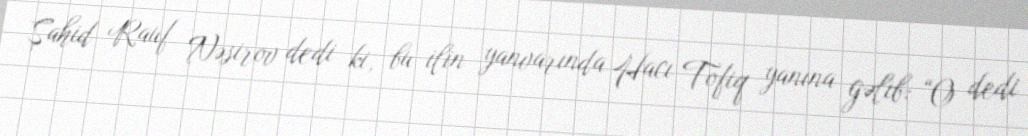
Şahid Rauf Nəsirov dedi ki, bu ilin yanvarında Hacı Tofiq yanına gəlib: “O dedi